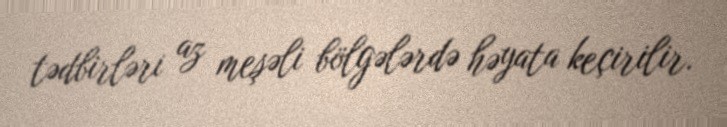
tədbirləri az meşəli bölgələrdə həyata keçirilir.